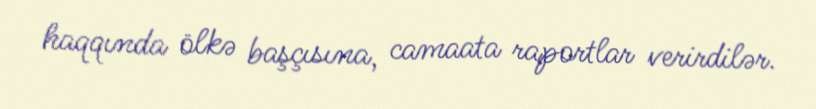
haqqında ölkə başçısına, camaata raportlar verirdilər.